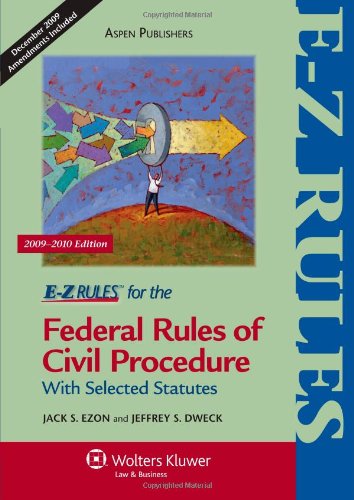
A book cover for E-Z Rules for the Federal Rules of Civil Procedure 2009-2010; Jack S. Ezon; Law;